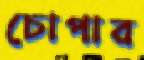
চোপার